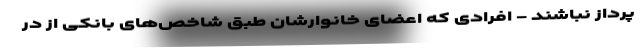
پرداز نباشند - افرادی که اعضای خانوارشان طبق شاخص‌های بانکی از در